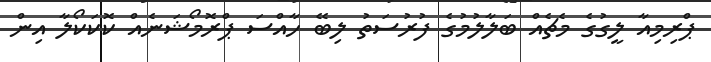
ޕްރިމިއާ ލީގުގެ މެޗެއް ބަލާލުމުގެ ފުރުސަތު ލިބޭ ހާއްސަ ޕްރޮމޯޝަނެއް ކޮކަކޯލާ އިން